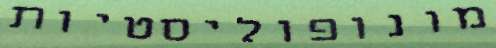
מונופוליסטיות